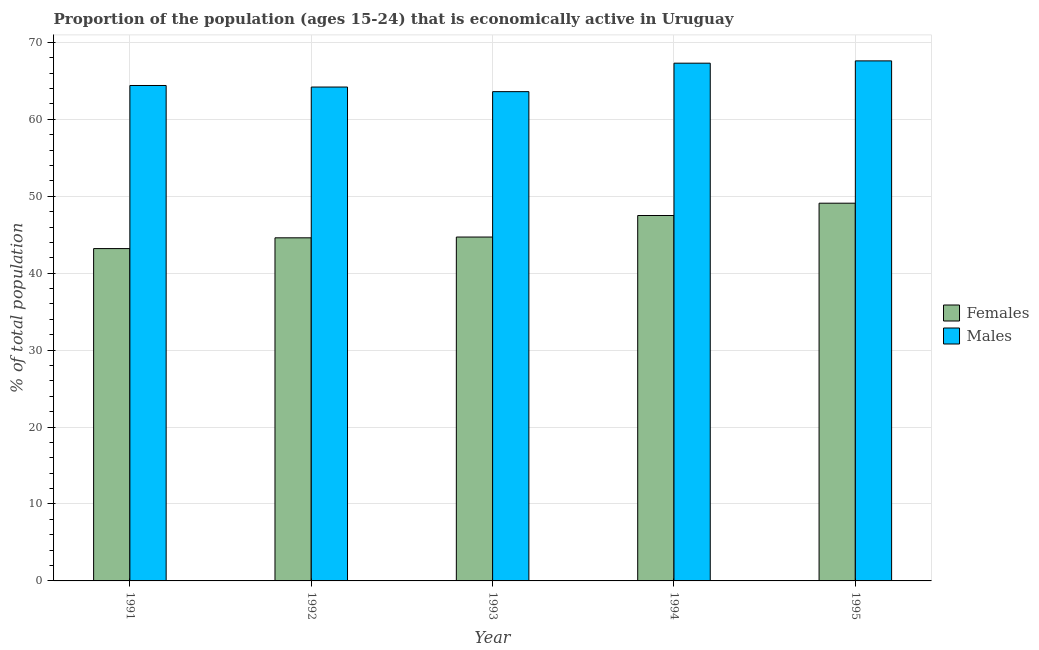
| Year | Females | Males |
 | --- | --- | --- |
 | 1991 | 43.2 | 64.4 |
 | 1992 | 44.6 | 64.2 |
 | 1993 | 44.7 | 63.6 |
 | 1994 | 47.5 | 67.3 |
 | 1995 | 49.1 | 67.6 |